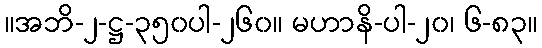
။အဘိ-၂-ဋ္ဌ-၃၅၀ပါ-၂၆၀။ မဟာနိ-ပါ-၂၀၊ ၆-၈၃။